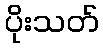
ပိုးသတ်